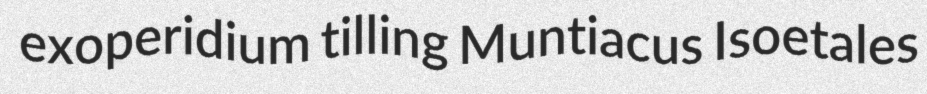
exoperidium tilling Muntiacus Isoetales